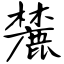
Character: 麓